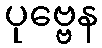
ပုဗ္ဗေန